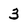
Character: 3